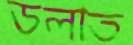
ডলাত